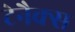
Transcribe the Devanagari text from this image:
टेनैक्स